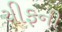
ચીફની